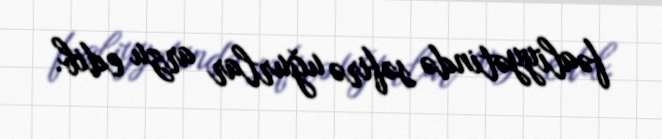
fəaliyyətində səfirə uğurlar arzu edib.